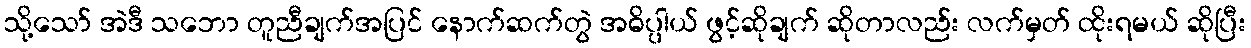
သို့သော် အဲဒီ သဘော တူညီချက်အပြင် နောက်ဆက်တွဲ အဓိပ္ပါယ် ဖွင့်ဆိုချက် ဆိုတာလည်း လက်မှတ် ထိုးရမယ် ဆိုပြီး